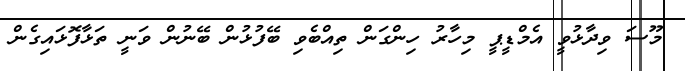
މޫސަ ވިދާޅުވީ އެމްޑީޕީ މިހާރު ހިންގަން ތިއްބެވި ބޭފުޅުން ބޭނުން ވަނީ ތަޅާފޮޅައިގެން